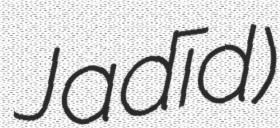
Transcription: Jadīd)